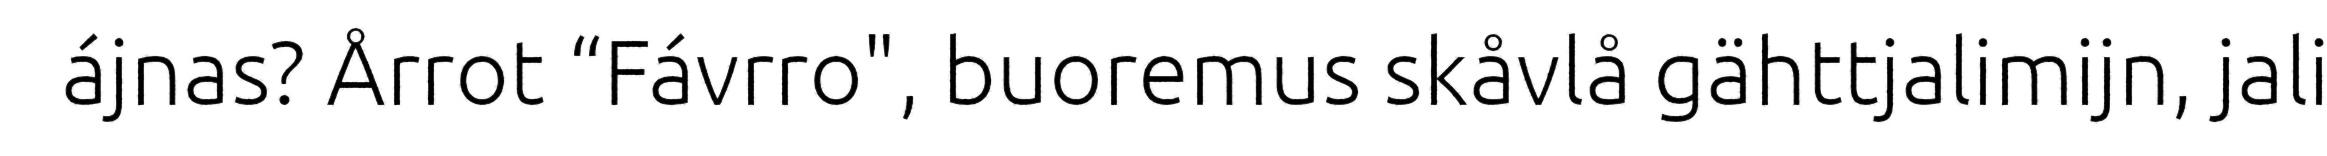
ájnas? Årrot “Fávrro", buoremus skåvlå gähttjalimijn, jali